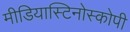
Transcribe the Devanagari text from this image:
मीडियास्टिनोस्कोपी